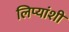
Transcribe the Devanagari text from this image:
लिप्यांशी